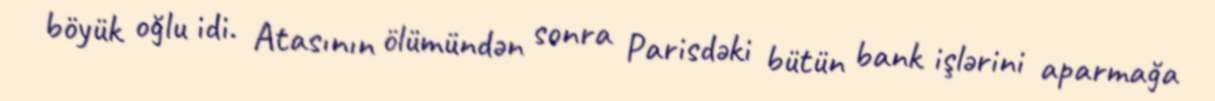
böyük oğlu idi. Atasının ölümündən sonra Parisdəki bütün bank işlərini aparmağa